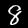
Label: 8